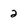
Character: 2